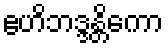
ဧဟိဘဒ္ဒန္တိကော